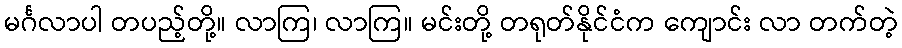
မင်္ဂလာပါ တပည့်တို့။ လာကြ၊ လာကြ။ မင်းတို့ တရုတ်နိုင်ငံက ကျောင်း လာ တက်တဲ့